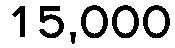
15,000